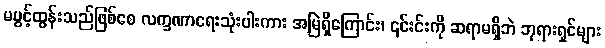
မပွင့်ထွန်းသည်ဖြစ်စေ လက္ခဏာရေးသုံးပါးကား အမြဲရှိကြောင်း၊ ၎င်းင်းကို ဆရာမရှိဘဲ ဘုရားရှင်များ